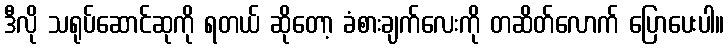
ဒီလို သရုပ်ဆောင်ဆုကို ရတယ် ဆိုတော့ ခံစားချက်လေးကို တဆိတ်လောက် ပြောပေးပါ။